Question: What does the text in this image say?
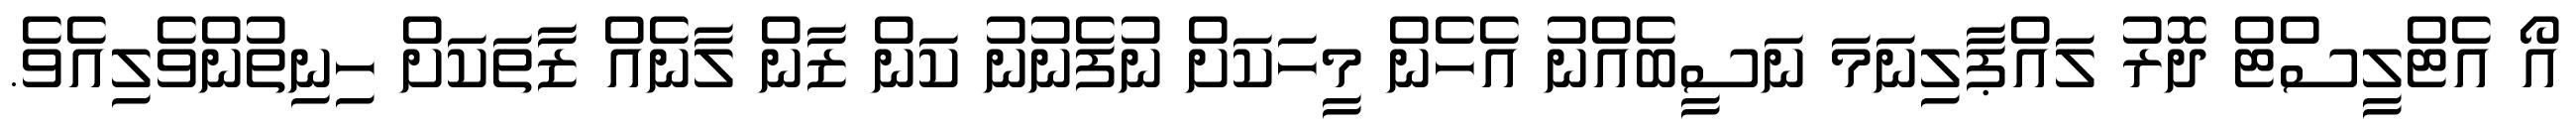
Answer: އޯ އެޓްލީސްޓް ދޮރު ލައްޕާލިނަމަ ނަސީބެއްނު އެހެން މީހަކަށް ނުފެނުނު ކަން ޒާން ލާނެއް ޒާތަކަށް ހިނިތުންވެލިއެވެ.